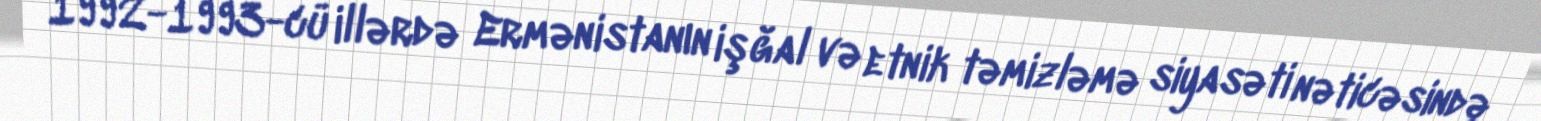
1992-1993-cü illərdə Ermənistanın işğal və etnik təmizləmə siyasəti nəticəsində